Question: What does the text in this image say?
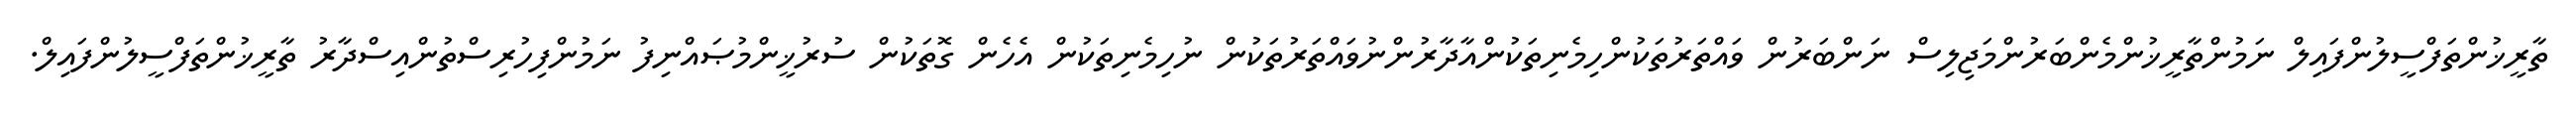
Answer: ތާރީޚުންތަފްސީލުންފައިލް ނަމުންތާރީޚުންމެންބަރުންމަޖިލިސް ނަންބަރުން ވައްތަރުތަކުންހިމެނިތަކުންއާދާރުންނުވައްތަރުތަކުން ނުހިމެނިތަކުން އެހެން ގޮތަކުން ސުރުޚީންމުޞައްނިފު ނަމުންފިހުރިސްތުންއިސްދާރު ތާރީޚުންތަފްސީލުންފައިލް.